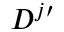
D ^ { j \prime }